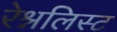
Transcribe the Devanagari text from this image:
रेश्नलिस्ट